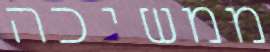
ממשיכה